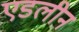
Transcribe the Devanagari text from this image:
एडलीन